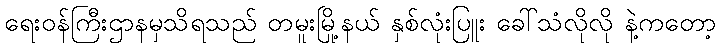
ရေးဝန်ကြီးဌာနမှသိရသည် တမူးမြို့နယ် နှစ်လုံးပြူး ခေါ်သံလိုလို နဲ့ကတော့